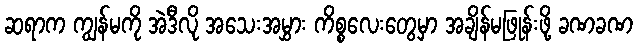
ဆရာက ကျွန်မကို အဲဒီလို အသေးအမွှား ကိစ္စလေးတွေမှာ အချိန်မဖြုန်းဖို့ ခဏခဏ